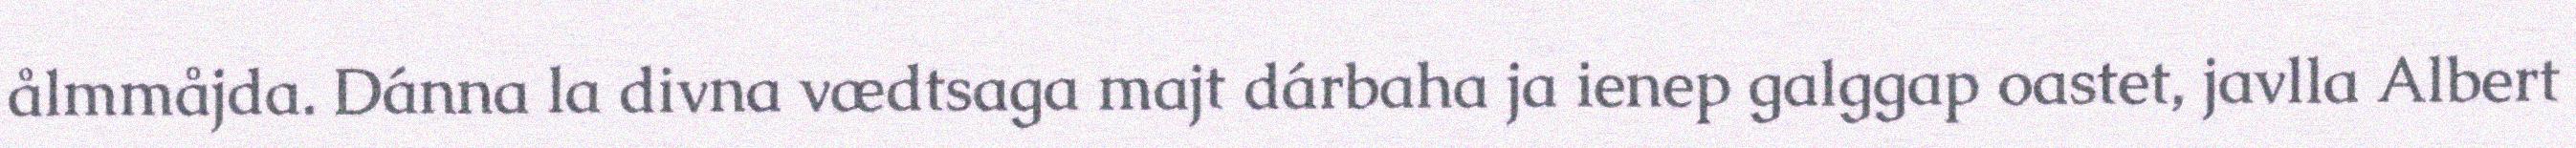
ålmmåjda. Dánna la divna vædtsaga majt dárbaha ja ienep galggap oastet, javlla Albert